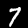
Label: 7